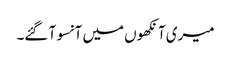
میری آنکھوں میں آنسو آ گئے۔